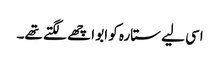
اسی لیے ستارہ کو ابو اچھے لگتے تھے۔